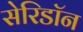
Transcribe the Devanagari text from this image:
सेरिडॉन